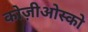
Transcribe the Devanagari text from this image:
कोज़ीओस्को